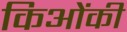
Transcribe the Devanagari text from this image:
किओंकी